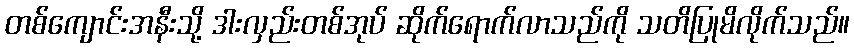
တစ်ကျောင်းအနီးသို့ ဒားလှည်းတစ်အုပ် ဆိုက်ရောက်လာသည်ကို သတိပြုမိလိုက်သည်။